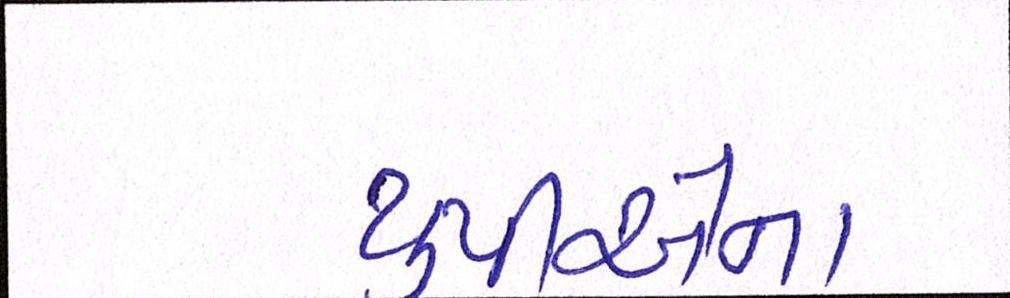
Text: યુપીએના